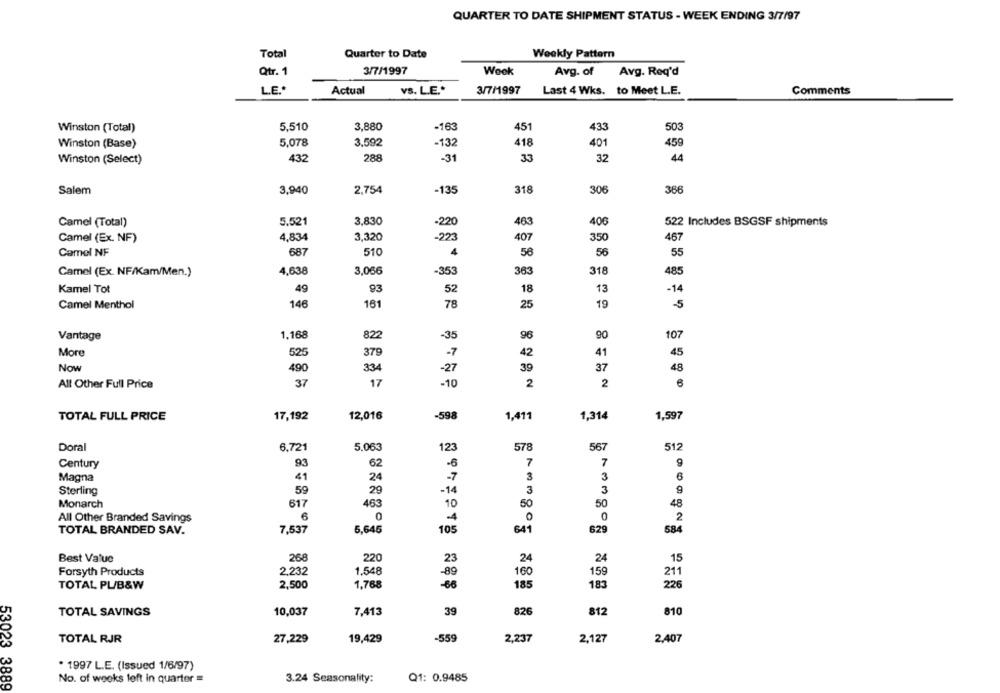
QUARTER TO DATE SHIPMENT STATUS - WEEK ENDING 3/7/97
Total
Quarter to Date
Weekly Pattern
Qtr. 1
3/7/1997
Wook
Avg. of
Avg. Req'd
Actual
3/7/1997
Last 4 Wks. to Meet L.E.
L.E .*
vS. L.E .*
Comments
433
503
Winston (Total)
5,510
3,880
-163
451
Winston (Base)
5,078
3,592
-132
418
401
459
Winston (Select)
432
288
-31
33
32
44
Salem
3,940
2.754
-135
318
306
366
5.521
3,830
-220
463
406
Camel (Total)
522 Includes BSGSF shipments
Camel (Ex. NF)
4,834
3,320
-223
407
350
467
Camel NF
687
510
4
56
56
55
3,066
-353
363
318
Camel (Ex. NF/Kam/Men.)
4,638
485
Kamel Tot
49
93
52
18
13
-14
146
161
78
25
19
-5
Camel Menthol
107
Vantage
1.168
822
-35
96
90
More
525
379
-7
42
41
45
Now
334
-27
39
37
48
490
All Other Full Price
37
17
-10
2
2
17,192
12,016
-598
1,411
1,314
1,597
TOTAL FULL PRICE
Doral
6.721
5.063
123
578
567
512
Century
93
62
-6
7
7
Magna
41
3
3
24
-7
Sterling
59
29
-14
3
3
9
Monarch
617
463
10
50
50
48
All Other Branded Savings
6
2
TOTAL BRANDED SAV.
7,537
5,645
629
584
Best Value
268
220
23
24
24
15
Forsyth Products
2,232
1.548
-89
160
159
211
TOTAL PL/B&W
2,500
1,768
-66
185
183
226
TOTAL SAVINGS
10,037
7,413
39
826
812
810
TOTAL RJR
-559
27,229
19,429
2,237
2,127
2,407
. 1997 L.E. (Issued 1/6/97)
No. of weeks loft in quarter =
3.24 Seasonality:
Q1: 0.9485
53023 3889